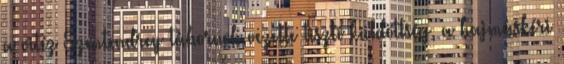
a vitéz Szentendrey tábornok vezette tiszti küldöttség, a hajmáskéri